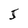
Character: 5